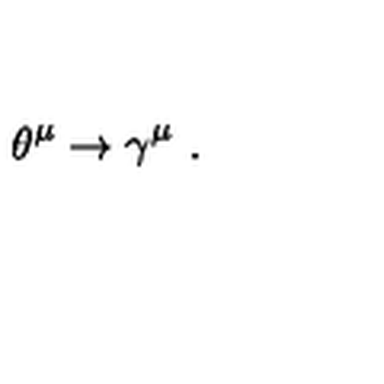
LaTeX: \theta ^ { \mu } \rightarrow \gamma ^ { \mu } \ .